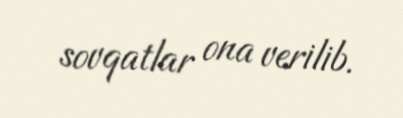
sovqatlar ona verilib.